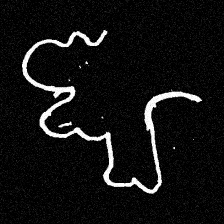
Pyu character \u2014 Myanmar letter: ဈ (romanized: jha)